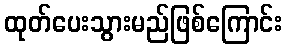
ထုတ်ပေးသွားမည်ဖြစ်ကြောင်း